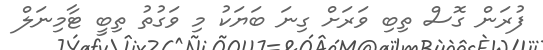
ފުރަން ގޮސް ތިބި ވަރަށް ގިނަ ބަޔަކު މި ވަގުތު ތިބީ ޓާމިނަލް